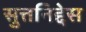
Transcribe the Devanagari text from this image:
सुत्तनिद्देस